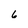
Character: 6